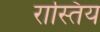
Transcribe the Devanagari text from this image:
रास्तिय